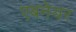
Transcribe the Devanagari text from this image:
एबनेयर